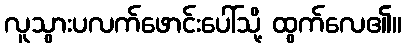
လူသွားပလက်ဖောင်းပေါ်သို့ ထွက်လေ၏။